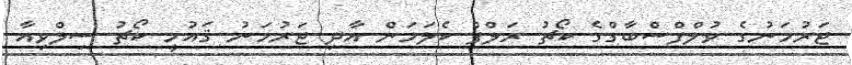
ޖަރުމަނުގެ ވުލްފްސްބާގްގެ ކޯޗު ރަލްފް ކެލަމަން އާދި ޖަރުމަނު ޤައުމީ ކޯޗު ސިލްވިއާ